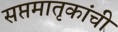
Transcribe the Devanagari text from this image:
सप्तमातृकांची